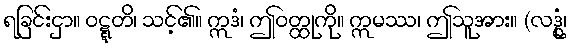
ရခြင်းငှာ။ ဝဋ္ဋတိ၊ သင့်၏။ ဣဒံ၊ ဤဝတ္ထုကို။ ဣမဿ၊ ဤသူအား။ (လဒ္ဓုံ၊